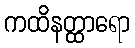
ကထိနတ္ထာရော